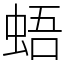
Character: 𧋋